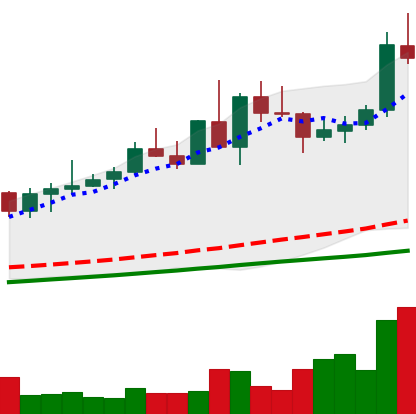
Ticker: NEO-USD
Chart end date: 2020-08-30
Forward return: -7.878%
Label: down_7plus